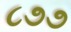
૮૭૭